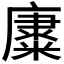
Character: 𱹜